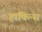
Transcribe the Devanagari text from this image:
हाकिन्स